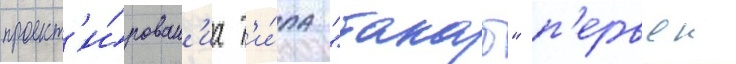
проект'и́рован'иа т'и́па "такао" п'ервои